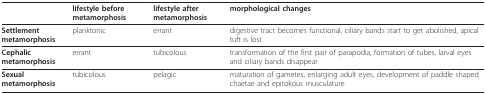
|  | lifestyle before metamorphosis | lifestyle after metamorphosis | morphological changes |
 | --- | --- | --- | --- |
 | Settlement metamorphosis | planktonic | errant | digestive tract becomes functional, ciliary bands start to get abolished, apical tuft is lost |
 | Cephalic metamorphosis | errant | tubicolous | transformation of the first pair of parapodia, formation of tubes, larval eyes and ciliary bands disappear |
 | Sexual metamorphosis | tubicolous | pelagic | maturation of gametes, enlarging adult eyes, development of paddle shaped chaetae and epitokous musculature |